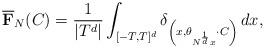
LaTeX: \begin{align*} \overline{\mathbf{F}}_{N}(C) = \frac{1}{| T^{d}|} \int_{[- T, T]^{d}} \delta_{ \left( x,\theta_{N^{\frac{1}{d}}x} \cdot C \right)} \, dx,\end{align*}